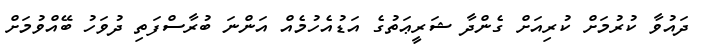
ދައުވާ ކުރުމަށް ކުރިއަށް ގެންދާ ޝަރީޢަތުގެ އަޑުއެހުމެއް އަންނަ ބުރާސްފަތި ދުވަހު ބޭއްވުމަށް